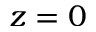
z = 0